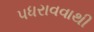
પધરાવવાથી